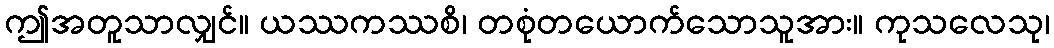
ဤအတူသာလျှင်။ ယဿကဿစိ၊ တစုံတယောက်သောသူအား။ ကုသလေသု၊